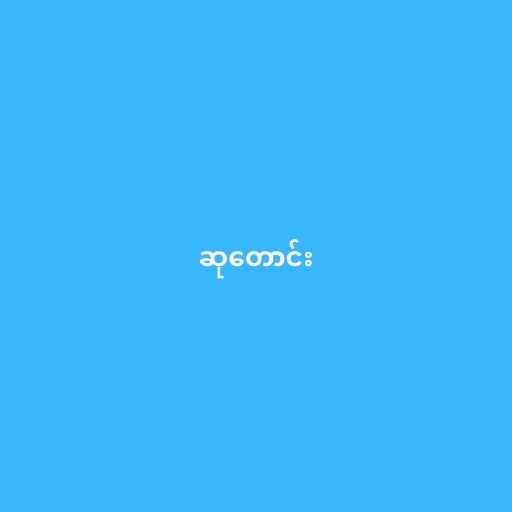
ဆုတောင်း